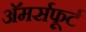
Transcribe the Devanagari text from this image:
अॅमर्सफूर्ट